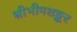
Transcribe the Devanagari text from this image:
श्रीभीमशङ्कर